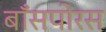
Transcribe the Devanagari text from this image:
बाँसपोरस